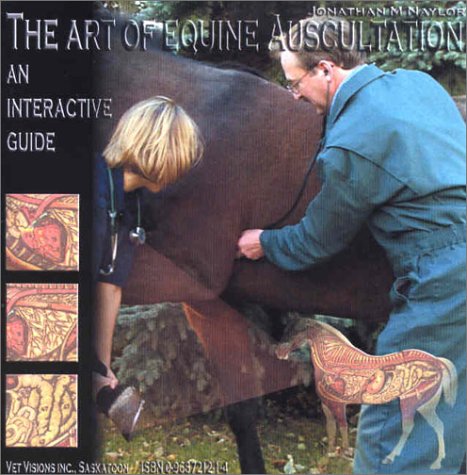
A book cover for The Art of Equine Auscultation: An Interactive Guide (CD-ROM for Windows); Jonathan M. Naylor; Medical Books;